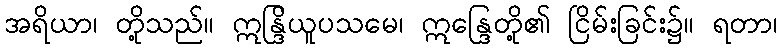
အရိယာ၊ တို့သည်။ ဣန္ဒြိယူပသမေ၊ ဣန္ဒြေတို့၏ ငြိမ်းခြင်း၌။ ရတာ၊